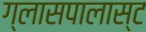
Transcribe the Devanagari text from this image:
ग्लासपालास्ट